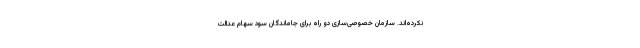
نکرده‌اند. سازمان خصوصی‌سازی دو راه برای جاماندگان سود سهام عدالت